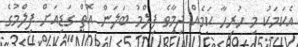
އެކަމަކު މި ހުރިހާ ކަމެއް ދިމާވެ ފިލްމު ބަލަން އޮތް ގަޑިއަށް ފިލްމުގެ